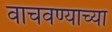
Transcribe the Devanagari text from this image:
वाचवण्याच्या